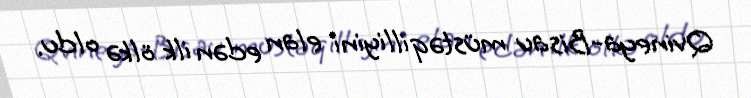
Qvineya-Bisau müstəqilliyini elan edən ilk ölkə oldu.